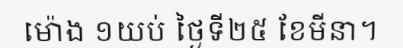
ម៉ោង ១យប់ ថ្ងៃទី២៥ ខែមីនា។